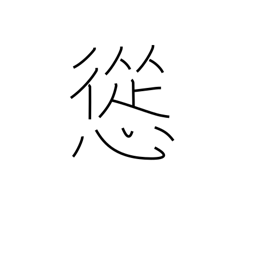
Meaning: persuade